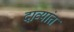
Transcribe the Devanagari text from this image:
दाव्यांत